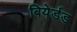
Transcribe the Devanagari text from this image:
बियेर्डड